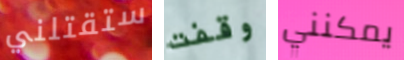
ستقتلني وقفت يمكنني